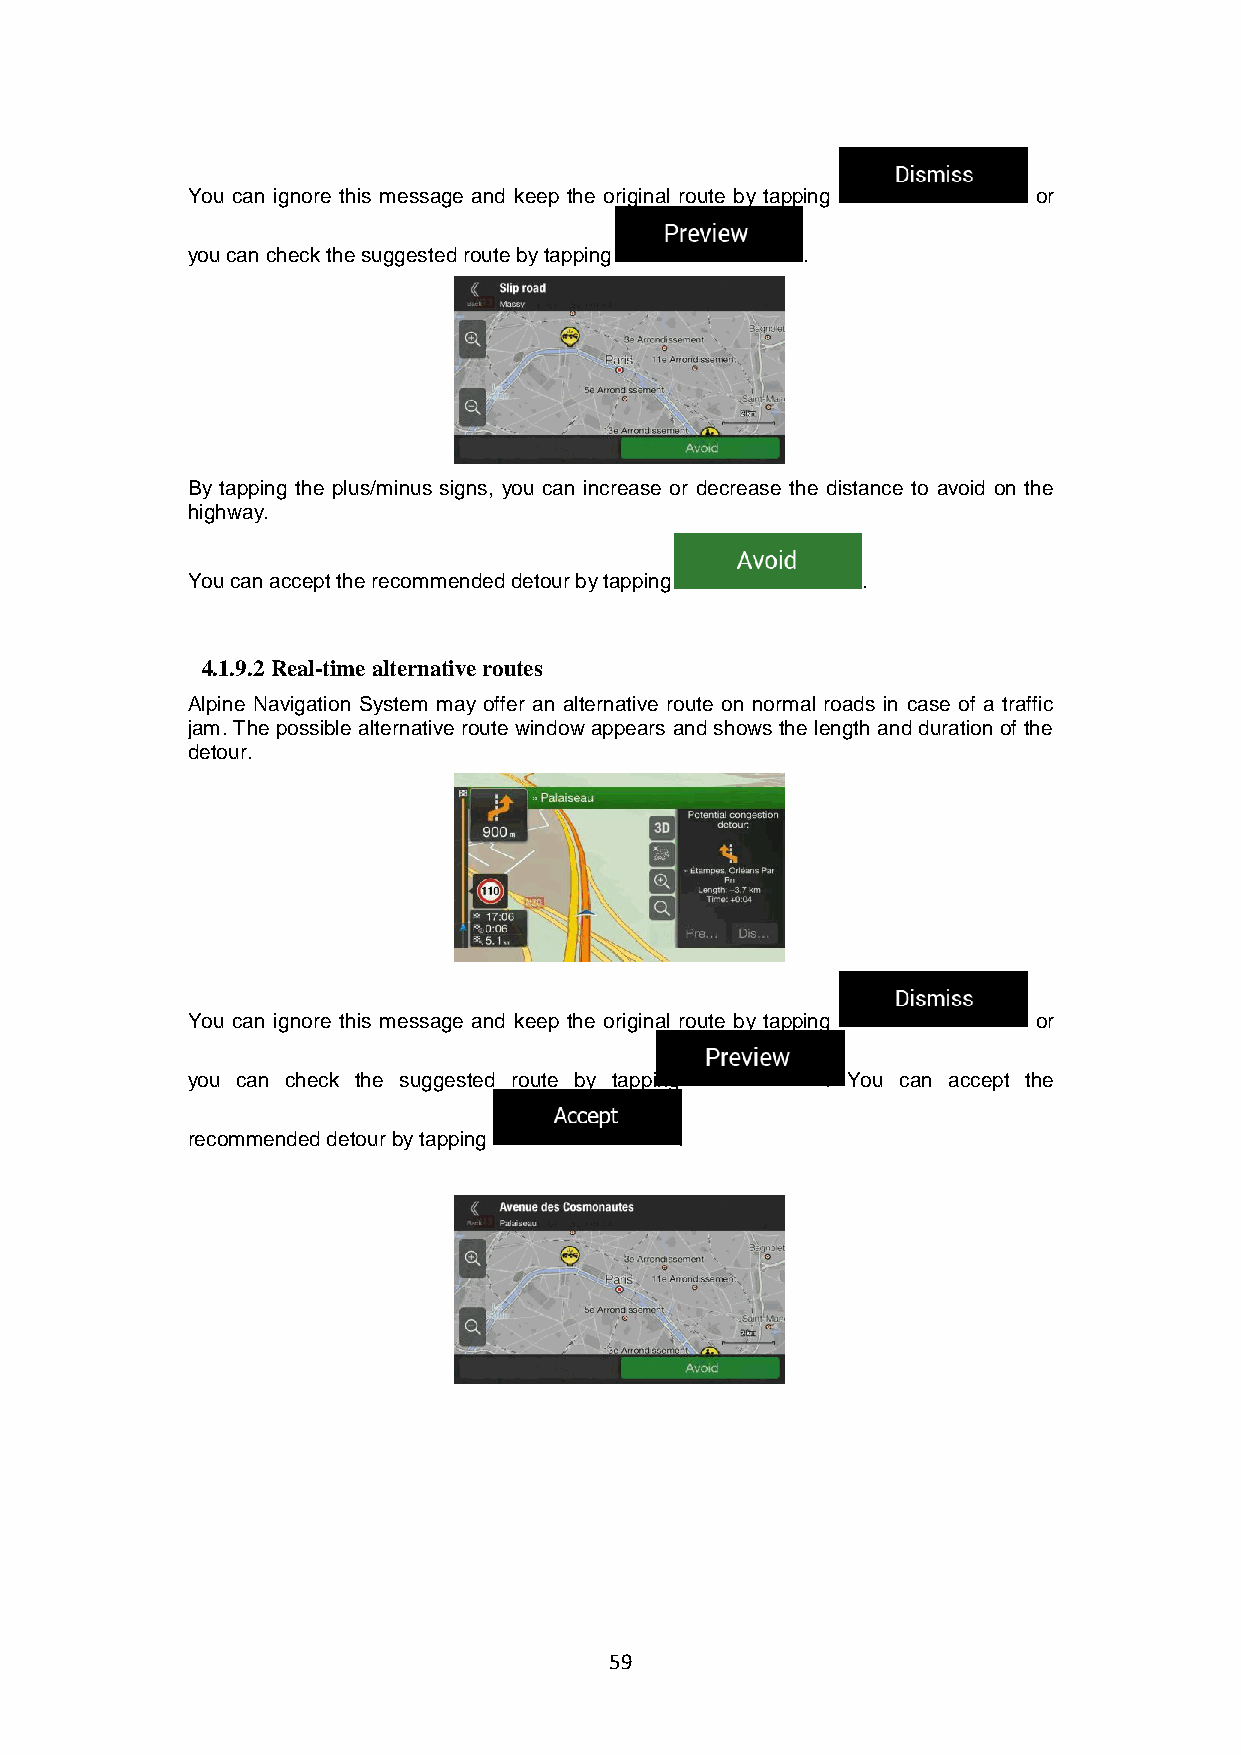
You can ignore this message and keep the original route by tapping or
 you can check the suggested route by tapping .
 By tapping the plus/minus signs, you can increase or decrease the distance to avoid on the
 highway.
 You can accept the recommended detour by tapping .
 4.1.9.2 Real-time alternative routes
 Alpine Navigation System may offer an alternative route on normal roads in case of a traffic
 jam. The possible alternative route window appears and shows the length and duration of the
 detour.
 You can ignore this message and keep the original route by tapping or
 you can check the suggested route by tapping . You can accept the
 recommended detour by tapping    .
 59